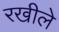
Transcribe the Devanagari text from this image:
रखीले